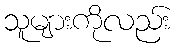
သူများကိုလည်း